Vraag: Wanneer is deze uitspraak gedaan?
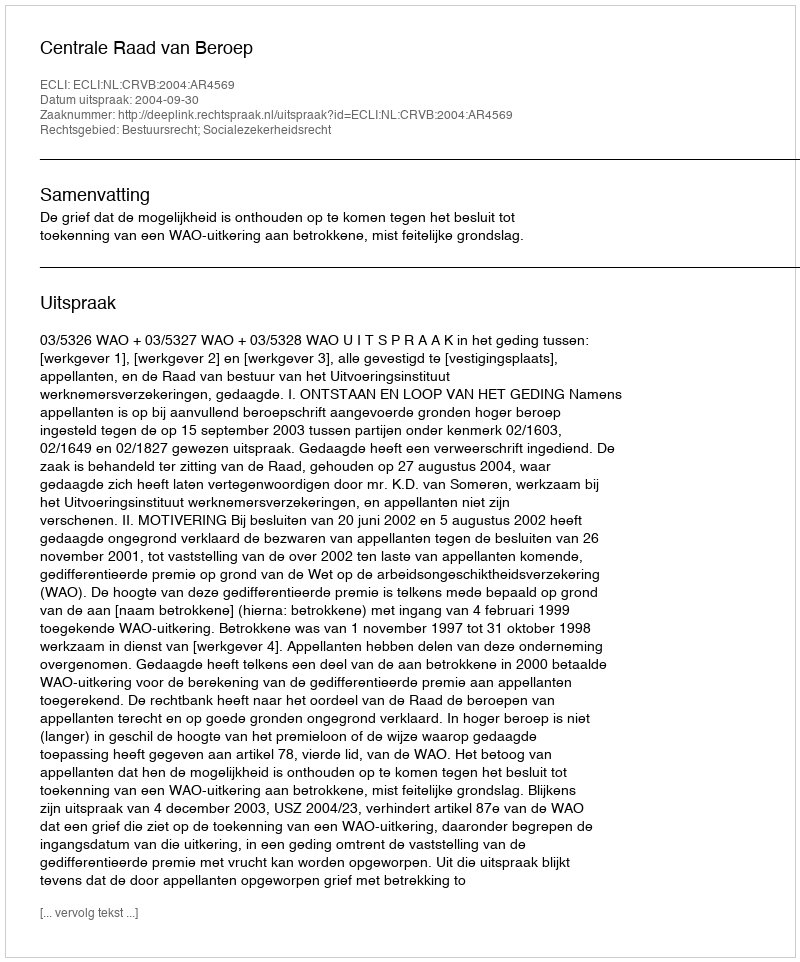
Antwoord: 2004-09-30